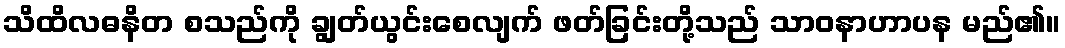
သိထိလဓနိတ စသည်ကို ချွတ်ယွင်းစေလျက် ဖတ်ခြင်းတို့သည် သာဝနာဟာပန မည်၏။